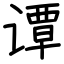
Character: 谭